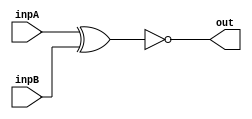
`timescale 1ns/1ns
module XNOR( input inpA, input inpB, output out);

	xnor #(12,12) (out, inpA, inpB);
endmodule